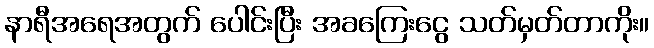
နာရီအရေအတွက် ပေါင်းပြီး အခကြေးငွေ သတ်မှတ်တာကိုး။